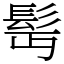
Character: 髩